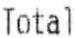
TOTAL